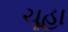
ચૂહા